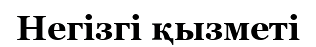
Негізгі қызметі